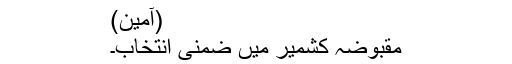
(آمین)
مقبوضہ کشمیر میں ضمنی انتخاب۔